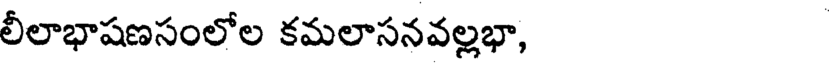
లీలాభాషణసంలోల కమలాసనవల్లభా,